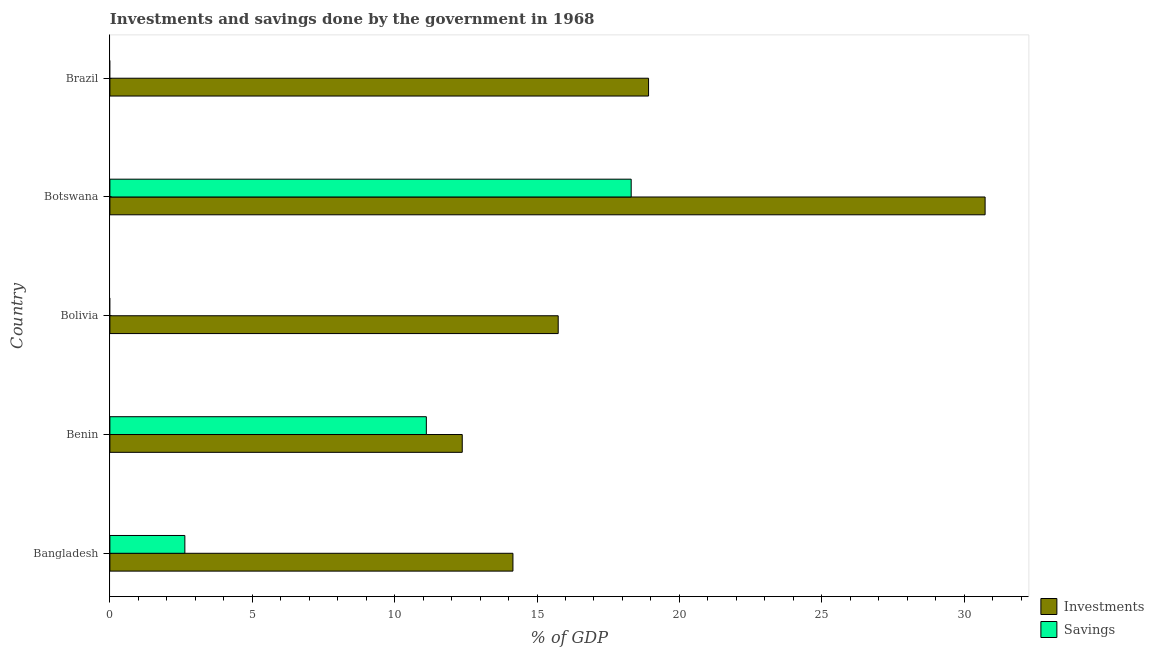
| Country | Investments | Savings |
 | --- | --- | --- |
 | Bangladesh | 14.2 | 2.63 |
 | Benin | 12.4 | 11.1 |
 | Bolivia | 15.7 | -9.16 |
 | Botswana | 30.7 | 18.3 |
 | Brazil | 18.9 | -0.812 |